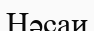
Нәсаи